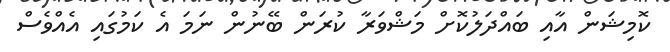
ކޮމިޝަން އާއި ބައްދަލުކޮށް މަޝްވަރާ ކުރަން ބޭނުން ނަމަ އެ ކަމުގައި އެއްވެސް